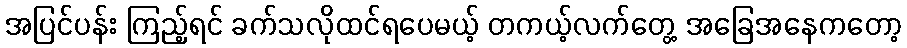
အပြင်ပန်း ကြည့်ရင် ခက်သလိုထင်ရပေမယ့် တကယ့်လက်တွေ့ အခြေအနေကတော့